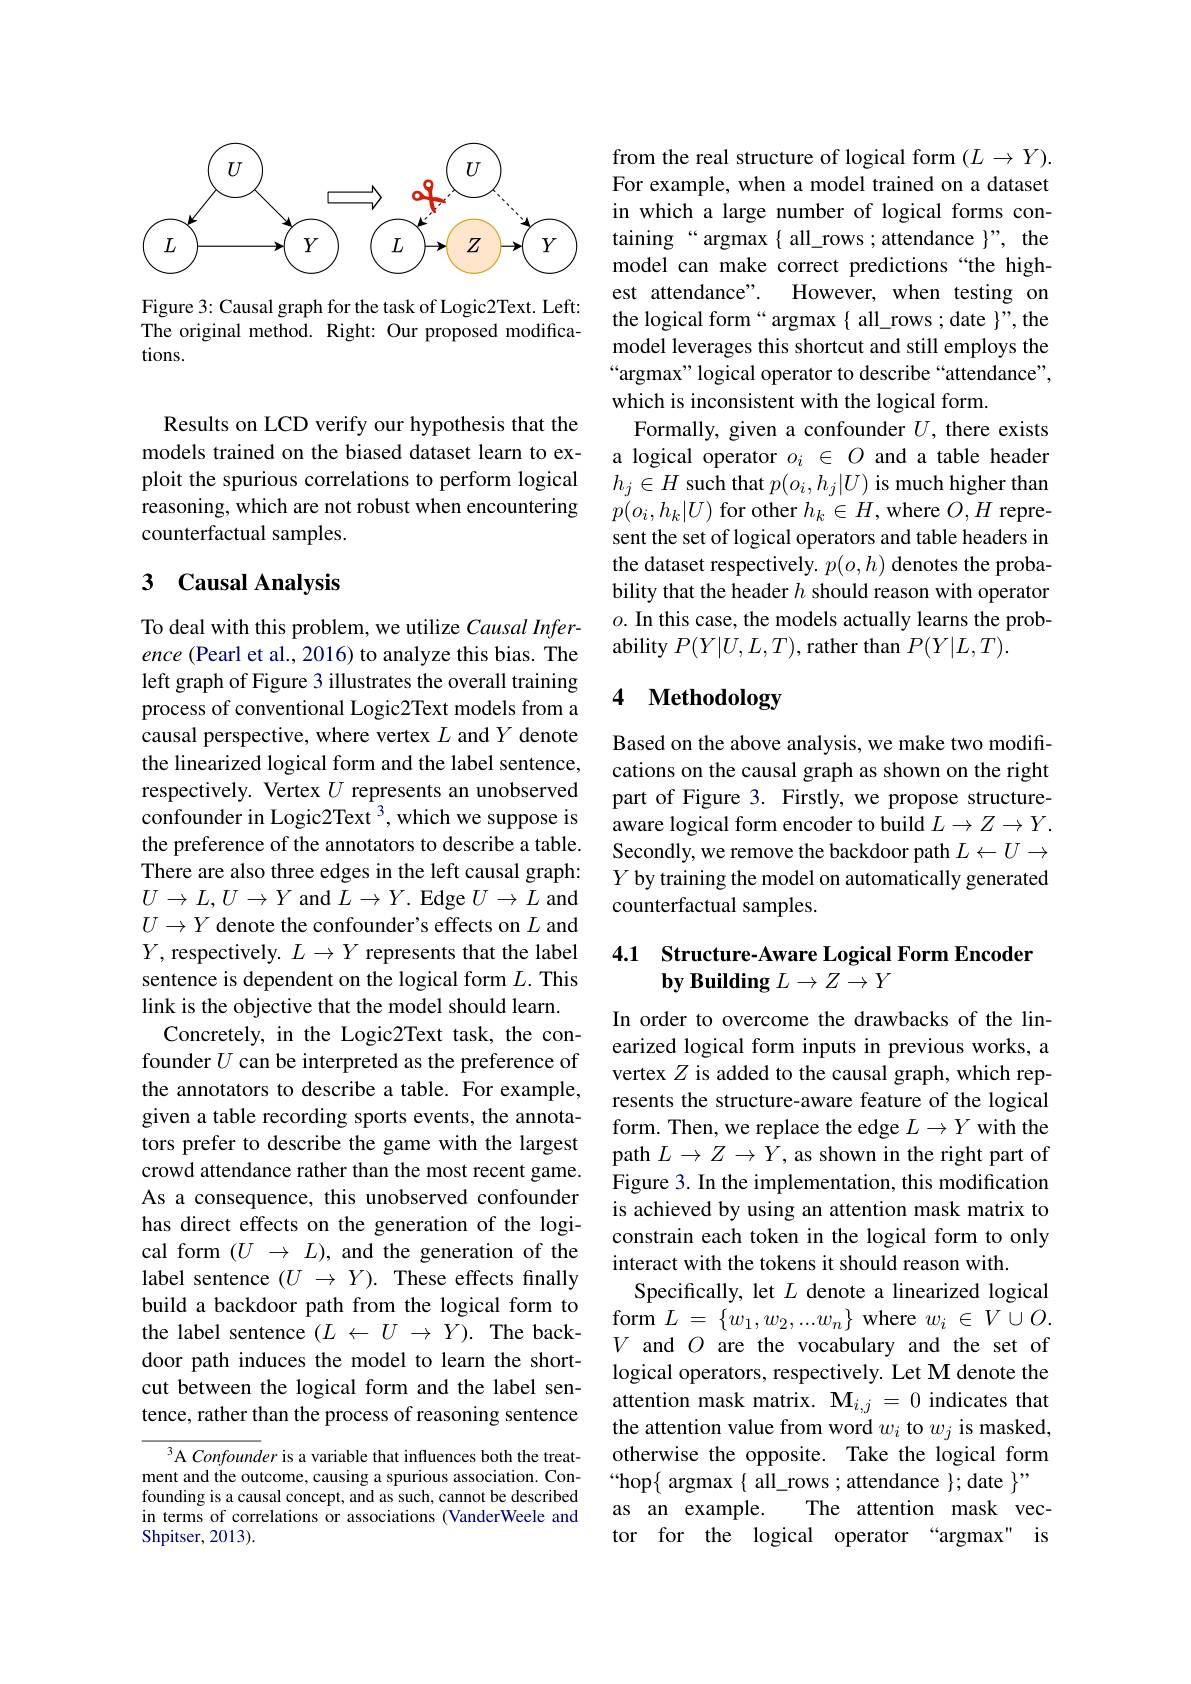
<FigureHere>

Figure 3: Causal graph for the task of Logic2Text. Left: The original method. Right: Our proposed modifications.

Results on LCD verify our hypothesis that the models trained on the biased dataset learn to exploit the spurious correlations to perform logical reasoning, which are not robust when encountering counterfactual samples.

## 3 Causal Analysis

To deal with this problem, we utilize Causal Inference (Pearl et al., 2016) to analyze this bias. The left graph of Figure 3 illustrates the overall training process of conventional Logic2Text models from a causal perspective, where vertex $L$ and $Y$ denote the linearized logical form and the label sentence, respectively. Vertex $U$ represents an unobserved confounder in Logic2Text $^3$,which we suppose is the preference of the annotators to describe a table. There are also three edges in the left causal graph: $U\to L,U\to Y$ and $L\to Y.$ Edge $U\to L$ and $U\to Y$ denote the confounder's effects on $L$ and $Y$, respectively. $L\to Y$ represents that the label sentence is dependent on the logical form $L.$ This link is the objective that the model should learn.
Concretely, in the Logic2Text task, the confounder $U$ can be interpreted as the preference of the annotators to describe a table. For example, given a table recording sports events, the annotators prefer to describe the game with the largest crowd attendance rather than the most recent game. As a consequence, this unobserved confounder has direct effects on the generation of the logical form $(U\to L)$, and the generation of the label sentence $( U$ $\to$ $Y) .$ These effects finally build a backdoor path from the logical form to the label sentence $( L$ $\leftarrow$ $U$ $\rightarrow$ $Y) .$ The backdoor path induces the model to learn the shortcut between the logical form and the label sentence, rather than the process of reasoning sentence
$^3$A Confounder is a variable that influences both the treat-

ment and the outcome, causing a spurious association. Confounding is a causal concept, and as such, cannot be described in terms of correlations or associations (VanderWeele and Shpitser, 2013) .

from the real structure of logical form $(L\to Y).$ For example, when a model trained on a dataset in which a large number of logical forms containing“ argmax $\{$ all\_rows ; attendance $\}”$, the model can make correct predictions “the highest attendance". However, when testing on the logical form“ argmax $\{$ all\_rows ; date $\}”$, the model leverages this shortcut and still employs the “argmax” logical operator to describe“attendance”, which is inconsistent with the logical form.
Formally, given a confounder $U$, there exists a logical operator $o_i\in O$ and a table header $h_{j}\in H$ such that $p(o_i,h_j|U)$ is much higher than $p(o_{i},h_{k}|U)$ for other $h_k\in H$,where $O,H$ represent the set of logical operators and table headers in the dataset respectively. $p(o,h)$ denotes the probability that the header $h$ should reason with operator $o.$ In this case, the models actually learns the probability $P(Y|U,L,T)$, rather than $P(Y|L,T).$

## 4 Methodology

Based on the above analysis, we make two modifications on the causal graph as shown on the right part of Figure 3. Firstly, we propose structureaware logical form encoder to build $L\to Z\to Y.$ Secondly, we remove the backdoor path $L\leftarrow U\rightarrow$ $Y$ by training the model on automatically generated counterfactual samples.

## 4.1 Structure-Aware Logical Form Encoder $\textbf{by Building }L\to Z\to Y$

In order to overcome the drawbacks of the linearized logical form inputs in previous works, a vertex $Z$ is added to the causal graph, which represents the structure-aware feature of the logical form. Then, we replace the edge $L\to Y$ with the path $L\to Z\to\bar{Y}$,as shown in the right part of Figure 3. In the implementation, this modification is achieved by using an attention mask matrix to constrain each token in the logical form to only interact with the tokens it should reason with.
Specifically, let $L$ denote a linearized logical $\mathop{\mathrm{form}}L=\{w_{1},w_{2},...w_{n}\}$ where $w_i\in V\cup O.$ $V$ and $O$ are the vocabulary and the set of logical operators, respectively. Let M denote the attention mask matrix. $\mathbf{M}_{i,j}=0$ indicates that the attention value from word $w_i$ to $w_j$ is masked, otherwise the opposite. Take the logical form “hop$\{$ argmax{ all\_rows; attendance }$\};$ date $\}”$
as an example. The attention mask vector for the logical operator “argmax" is